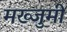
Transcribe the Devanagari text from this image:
मख्जुमी